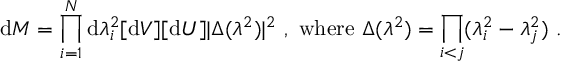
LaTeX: \mathrm { d } M = \prod _ { i = 1 } ^ { N } \mathrm { d } \lambda _ { i } ^ { 2 } [ \mathrm { d } V ] [ \mathrm { d } U ] | \Delta ( \lambda ^ { 2 } ) | ^ { 2 } \ , \ \mathrm { w h e r e } \ \Delta ( \lambda ^ { 2 } ) = \prod _ { i < j } ( \lambda _ { i } ^ { 2 } - \lambda _ { j } ^ { 2 } ) \ .